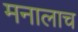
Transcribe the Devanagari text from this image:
मनालाच